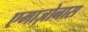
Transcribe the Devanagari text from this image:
एमाज़ोनास